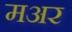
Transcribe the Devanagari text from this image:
मअर